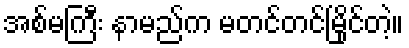
အစ်မကြီး နာမည်က မတင်တင်မြိုင်တဲ့။